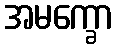
အမက္ခော